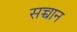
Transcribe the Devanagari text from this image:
सच्चान